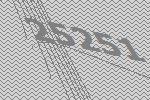
25251